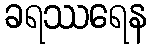
ခရဿရေန